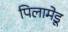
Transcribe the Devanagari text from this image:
पिलामेडू